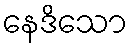
နေဒိသော